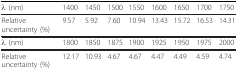
| λ (nm) | 1400 | 1450 | 1500 | 1550 | 1600 | 1650 | 1700 | 1750 |
 | --- | --- | --- | --- | --- | --- | --- | --- | --- |
 | Relative uncertainty (%) | 9.57 | 5.92 | 7.60 | 10.94 | 13.43 | 15.72 | 16.53 | 14.31 |
 | λ (nm) | 1800 | 1850 | 1875 | 1900 | 1925 | 1950 | 1975 | 2000 |
 | Relative uncertainty (%) | 12.17 | 10.93 | 4.67 | 4.67 | 4.47 | 4.49 | 4.59 | 4.74 |